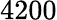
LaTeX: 4200